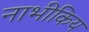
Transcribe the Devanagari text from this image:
नाभीकिय